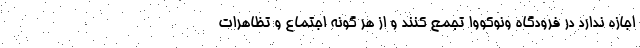
اجازه ندارد در فرودگاه ونوکووا تجمع کنند و از هر گونه اجتماع و تظاهرات